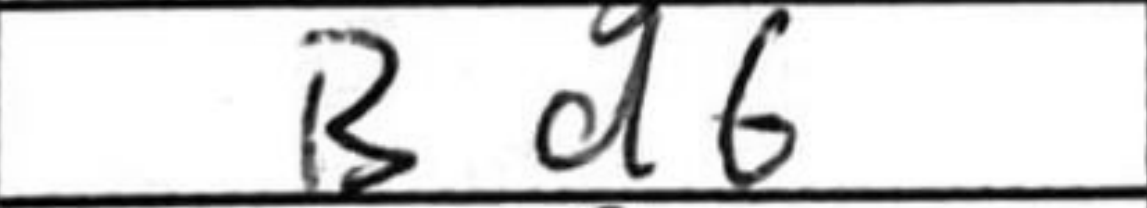
Transcription: Bd6